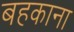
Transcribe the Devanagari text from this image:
बहकाना